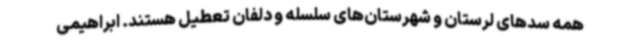
همه سدهای لرستان و شهرستان‌های سلسله و دلفان تعطیل هستند. ابراهیمی